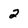
Character: 2